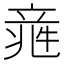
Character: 𥪑